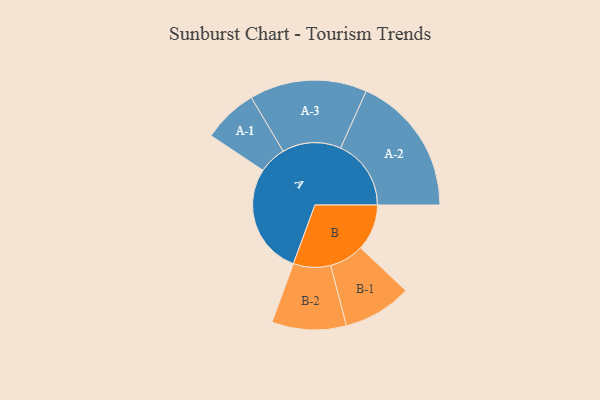
{"axis": {"x": "Segment", "y": "Value"}, "legend": ["", "A", "B"], "data": [{"x": "A", "y": 464, "type": ""}, {"x": "B", "y": 194, "type": ""}, {"x": "A-1", "y": 115, "type": "A"}, {"x": "A-2", "y": 295, "type": "A"}, {"x": "A-3", "y": 246, "type": "A"}, {"x": "B-1", "y": 144, "type": "B"}, {"x": "B-2", "y": 156, "type": "B"}]}